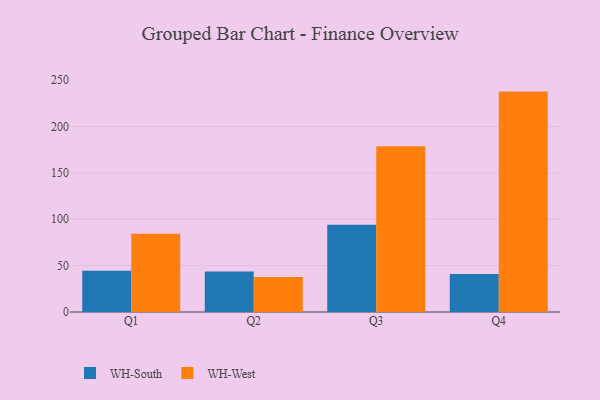
{"axis": {"x": "Quarter", "y": "Latency (ms)"}, "legend": ["WH-South", "WH-West"], "data": [{"x": "Q1", "y": 44.6, "type": "WH-South"}, {"x": "Q1", "y": 84.3, "type": "WH-West"}, {"x": "Q2", "y": 43.6, "type": "WH-South"}, {"x": "Q2", "y": 37.7, "type": "WH-West"}, {"x": "Q3", "y": 94.2, "type": "WH-South"}, {"x": "Q3", "y": 178.7, "type": "WH-West"}, {"x": "Q4", "y": 41.0, "type": "WH-South"}, {"x": "Q4", "y": 237.7, "type": "WH-West"}]}